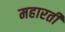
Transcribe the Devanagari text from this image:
महारती